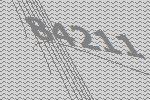
84211